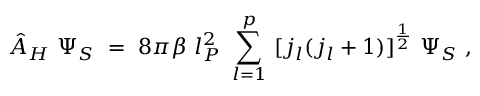
{ \hat { A } } _ { H } ~ \Psi _ { S } ~ = ~ 8 \pi \beta ~ l _ { P } ^ { 2 } ~ \sum _ { l = 1 } ^ { p } ~ [ j _ { l } ( j _ { l } + 1 ) ] ^ { \frac 1 2 } ~ \Psi _ { S } ~ ,